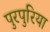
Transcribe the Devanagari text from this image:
पुरपुरिया